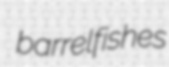
barrelfishes